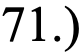
71.)